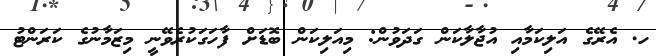
ހ. އެރޭގެ އަލިކަމާއި އުޖާލާކަން ގަދަވުން: މިއަލިކަން ބޮޑަށް ފާހަގަކުރެވޭނީ މިޒަމާނުގެ ކަރަންޓު